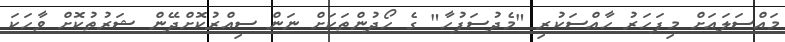
މައްސަލައަށް މިފަހަރު ހާއްސަކުރި "މެދުސަފުހާ" ގެ ހޯދުންތަކަށް ނަން ސިއްރުކޮށްދޭން ޝަރުތުކޮށް ވާހަކަ